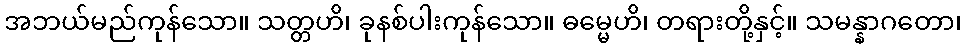
အဘယ်မည်ကုန်သော။ သတ္တဟိ၊ ခုနစ်ပါးကုန်သော။ ဓမ္မေဟိ၊ တရားတို့နှင့်။ သမန္နာဂတော၊